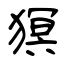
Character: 猽